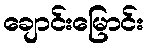
ချောင်းမြောင်း